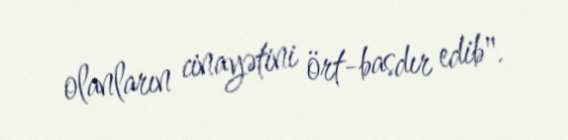
olanların cinayətini ört-basdır edib".